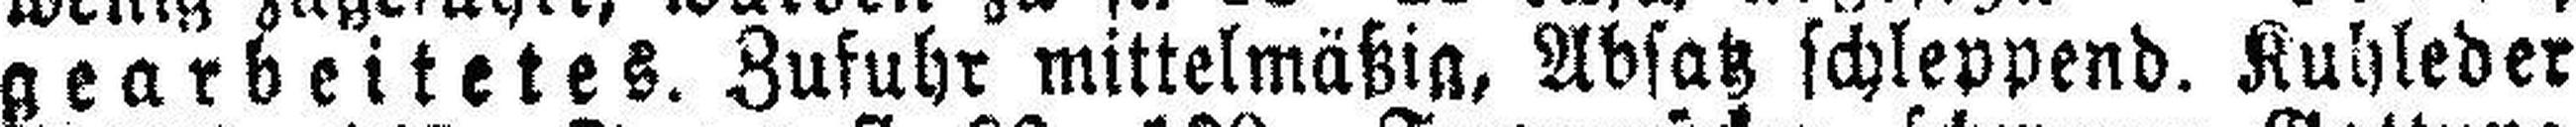
gearbeitetes. Zufuhr mittelmäßig, Absatz schleppend. Kuhleder